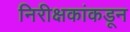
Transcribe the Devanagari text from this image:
निरीक्षकांकडून